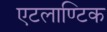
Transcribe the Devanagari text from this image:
एटलाण्टिक